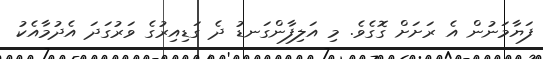
ފަޔާމަނުން އެ ރަށަށް ގޮގެވެ. މި އަލިފާންގަނޑު ދެ ގަޑިއިރުގެ ވަރުގަދަ އެދުމާއެކު